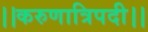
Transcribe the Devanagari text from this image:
।।करुणात्रिपदी।।